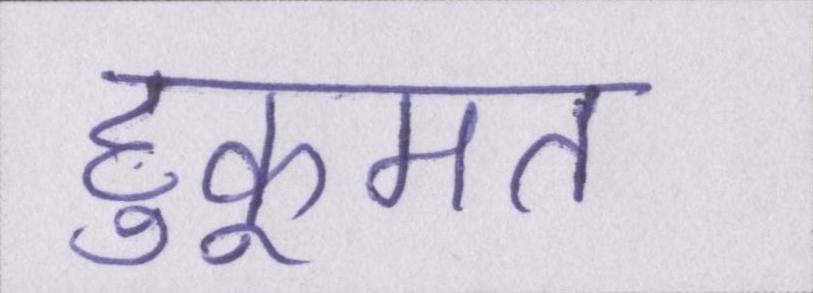
हुकूमत